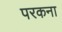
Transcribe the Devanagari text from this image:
परकना